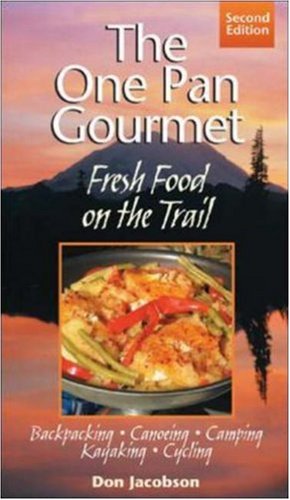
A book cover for One-Pan Gourmet Fresh Food On The Trail; Don Jacobson; Cookbooks, Food & Wine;